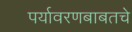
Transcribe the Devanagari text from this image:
पर्यावरणबाबतचे